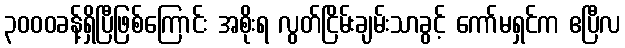
၃၀၀၀ခန့်ရှိပြီဖြစ်ကြောင်း အစိုးရ လွတ်ငြိမ်းချမ်းသာခွင့် ကော်မရှင်က ဧပြီလ